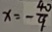
x = - \frac { 4 0 } { 9 }